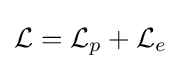
{\mathcal {L}}={\mathcal {L}}_{p}+{\mathcal {L}}_{e}